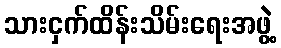
သားငှက်ထိန်းသိမ်းရေးအဖွဲ့